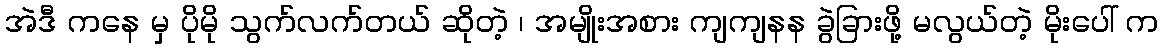
အဲဒီ ကနေ မှ ပိုမို သွက်လက်တယ် ဆိုတဲ့ ၊ အမျိုးအစား ကျကျနန ခွဲခြားဖို့ မလွယ်တဲ့ မိုးပေါ် က